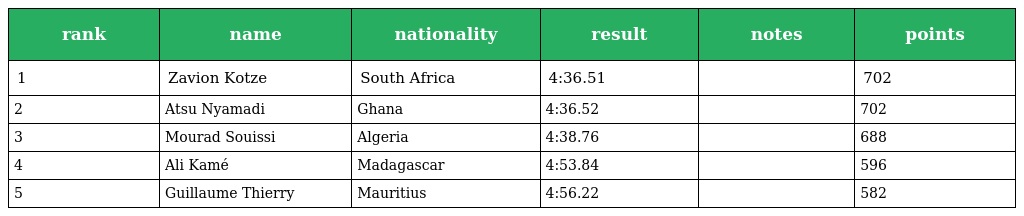
| rank | name | nationality | result | notes | points |
 | --- | --- | --- | --- | --- | --- |
 | 1 | Zavion Kotze | South Africa | 4:36.51 |  | 702 |
 | 2 | Atsu Nyamadi | Ghana | 4:36.52 |  | 702 |
 | 3 | Mourad Souissi | Algeria | 4:38.76 |  | 688 |
 | 4 | Ali Kamé | Madagascar | 4:53.84 |  | 596 |
 | 5 | Guillaume Thierry | Mauritius | 4:56.22 |  | 582 |